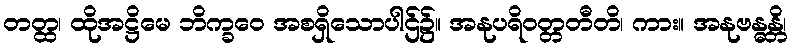
တတ္ထ၊ ထိုအဋ္ဌိမေ ဘိက္ခဝေ အစရှိသောပါဌ်၌။ အနုပရိဝတ္တတီတိ၊ ကား။ အနုဗန္ဓန္တိ၊